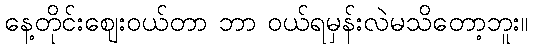
နေ့တိုင်းဈေးဝယ်တာ ဘာ ဝယ်ရမှန်းလဲမသိတော့ဘူး။